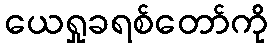
ယေရှုခရစ်တော်ကို